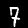
Label: 7